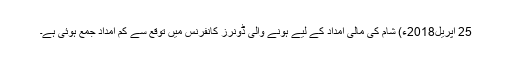
25 اپریل2018ء) شام کی مالی امداد کے لیے ہونے والی ڈونرز کانفرنس میں توقع سے کم امداد جمع ہوئی ہے۔